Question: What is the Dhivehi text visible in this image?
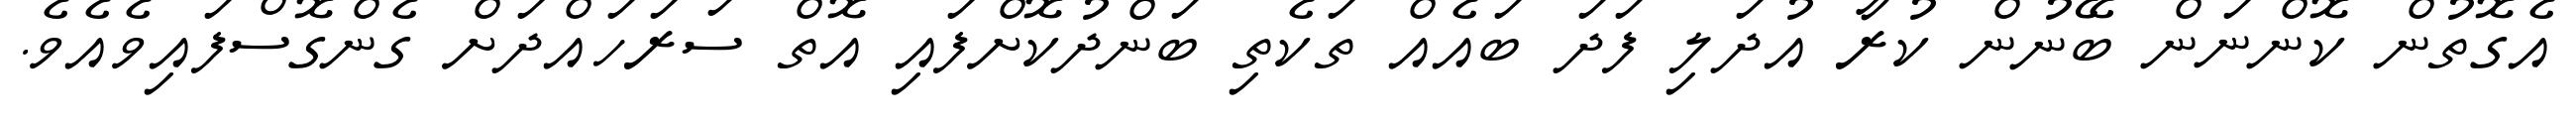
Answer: އެގޮތުން ކޮންނަން ބޭނުން ކުރާ އުދަލި ފަދަ ބައެއް ތަކެތި ބަންދުކޮށްފައި އޮތް ސަރަހައްދަށް ގެންގޮސްފައިވެއެވެ.